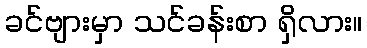
ခင်ဗျားမှာ သင်ခန်းစာ ရှိလား။